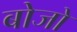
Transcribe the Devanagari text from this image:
बोजो